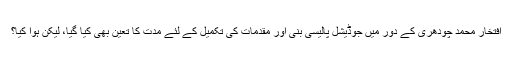
افتخار محمد چودھری کے دور میں جوڈیشل پالیسی بنی اور مقدمات کی تکمیل کے لئے مدت کا تعین بھی کیا گیا، لیکن ہوا کیا؟